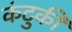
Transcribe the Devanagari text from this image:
कंटुकी